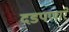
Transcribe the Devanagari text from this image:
दडपणारे